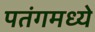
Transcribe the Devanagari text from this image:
पतंगमध्ये